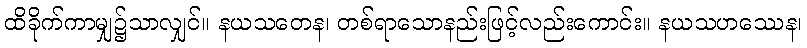
ထိခိုက်ကာမျှ၌သာလျှင်။ နယသတေန၊ တစ်ရာသောနည်းဖြင့်လည်းကောင်း။ နယသဟဿေန၊